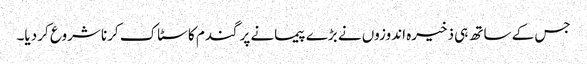
جس کے ساتھ ہی ذخیرہ اندوزوں نے بڑے پیمانے پر گندم کا سٹاک کرنا شروع کر دیا۔